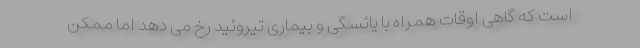
است که گاهی اوقات همراه با یائسگی و بیماری تیروئید رخ می دهد اما ممکن